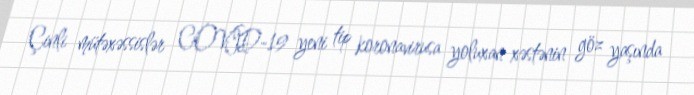
Çinli mütəxəssislər COVID-19 yeni tip koronavirusa yoluxan xəstənin göz yaşında